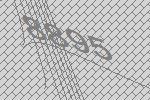
8895